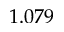
1 . 0 7 9